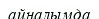
айналымда